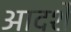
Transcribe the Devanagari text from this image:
आदर्शें